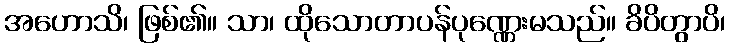
အဟောသိ၊ ဖြစ်၏။ သာ၊ ထိုသောတာပန်ပုဏ္ဏေးမသည်။ ခိပိတွာပိ၊